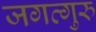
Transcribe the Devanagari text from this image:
जगत्गुरु